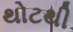
થોટથી